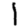
Digit: 1